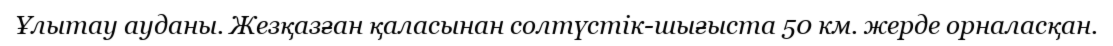
Ұлытау ауданы. Жезқазған қаласынан солтүстік-шығыста 50 км. жерде орналасқан.